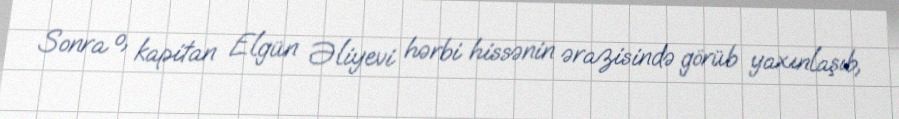
Sonra o, kapitan Elgün Əliyevi hərbi hissənin ərazisində görüb yaxınlaşıb,